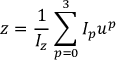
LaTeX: z = \frac { 1 } { I _ { z } } \sum _ { p = 0 } ^ { 3 } I _ { p } u ^ { p }